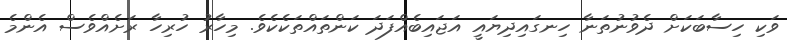
ވަކި ހިސާބަކަށް ދެވުނުތަނާ ހިނގައިދިޔައީ އަޖައިބެއްފަދަ ކަންތައްތަކެކެވެ. މިހާރު ހުރިހާ ރަށެއްވެސް އެންމެ